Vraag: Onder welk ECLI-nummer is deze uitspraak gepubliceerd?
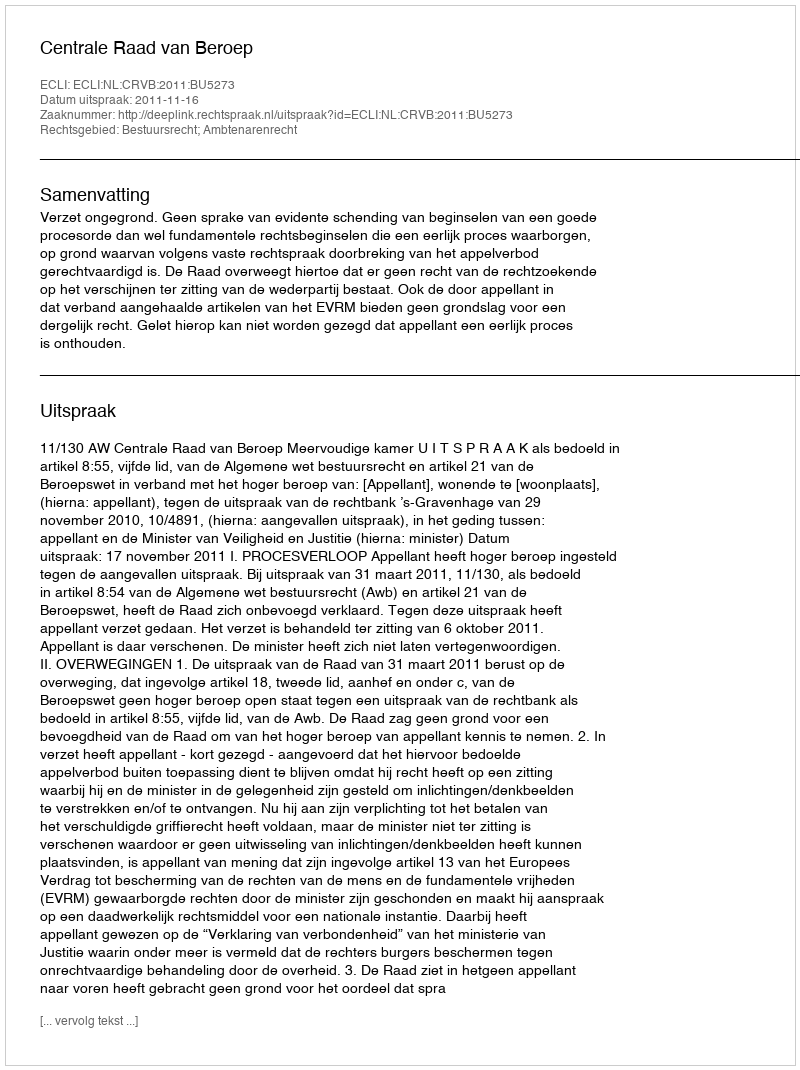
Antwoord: ECLI:NL:CRVB:2011:BU5273